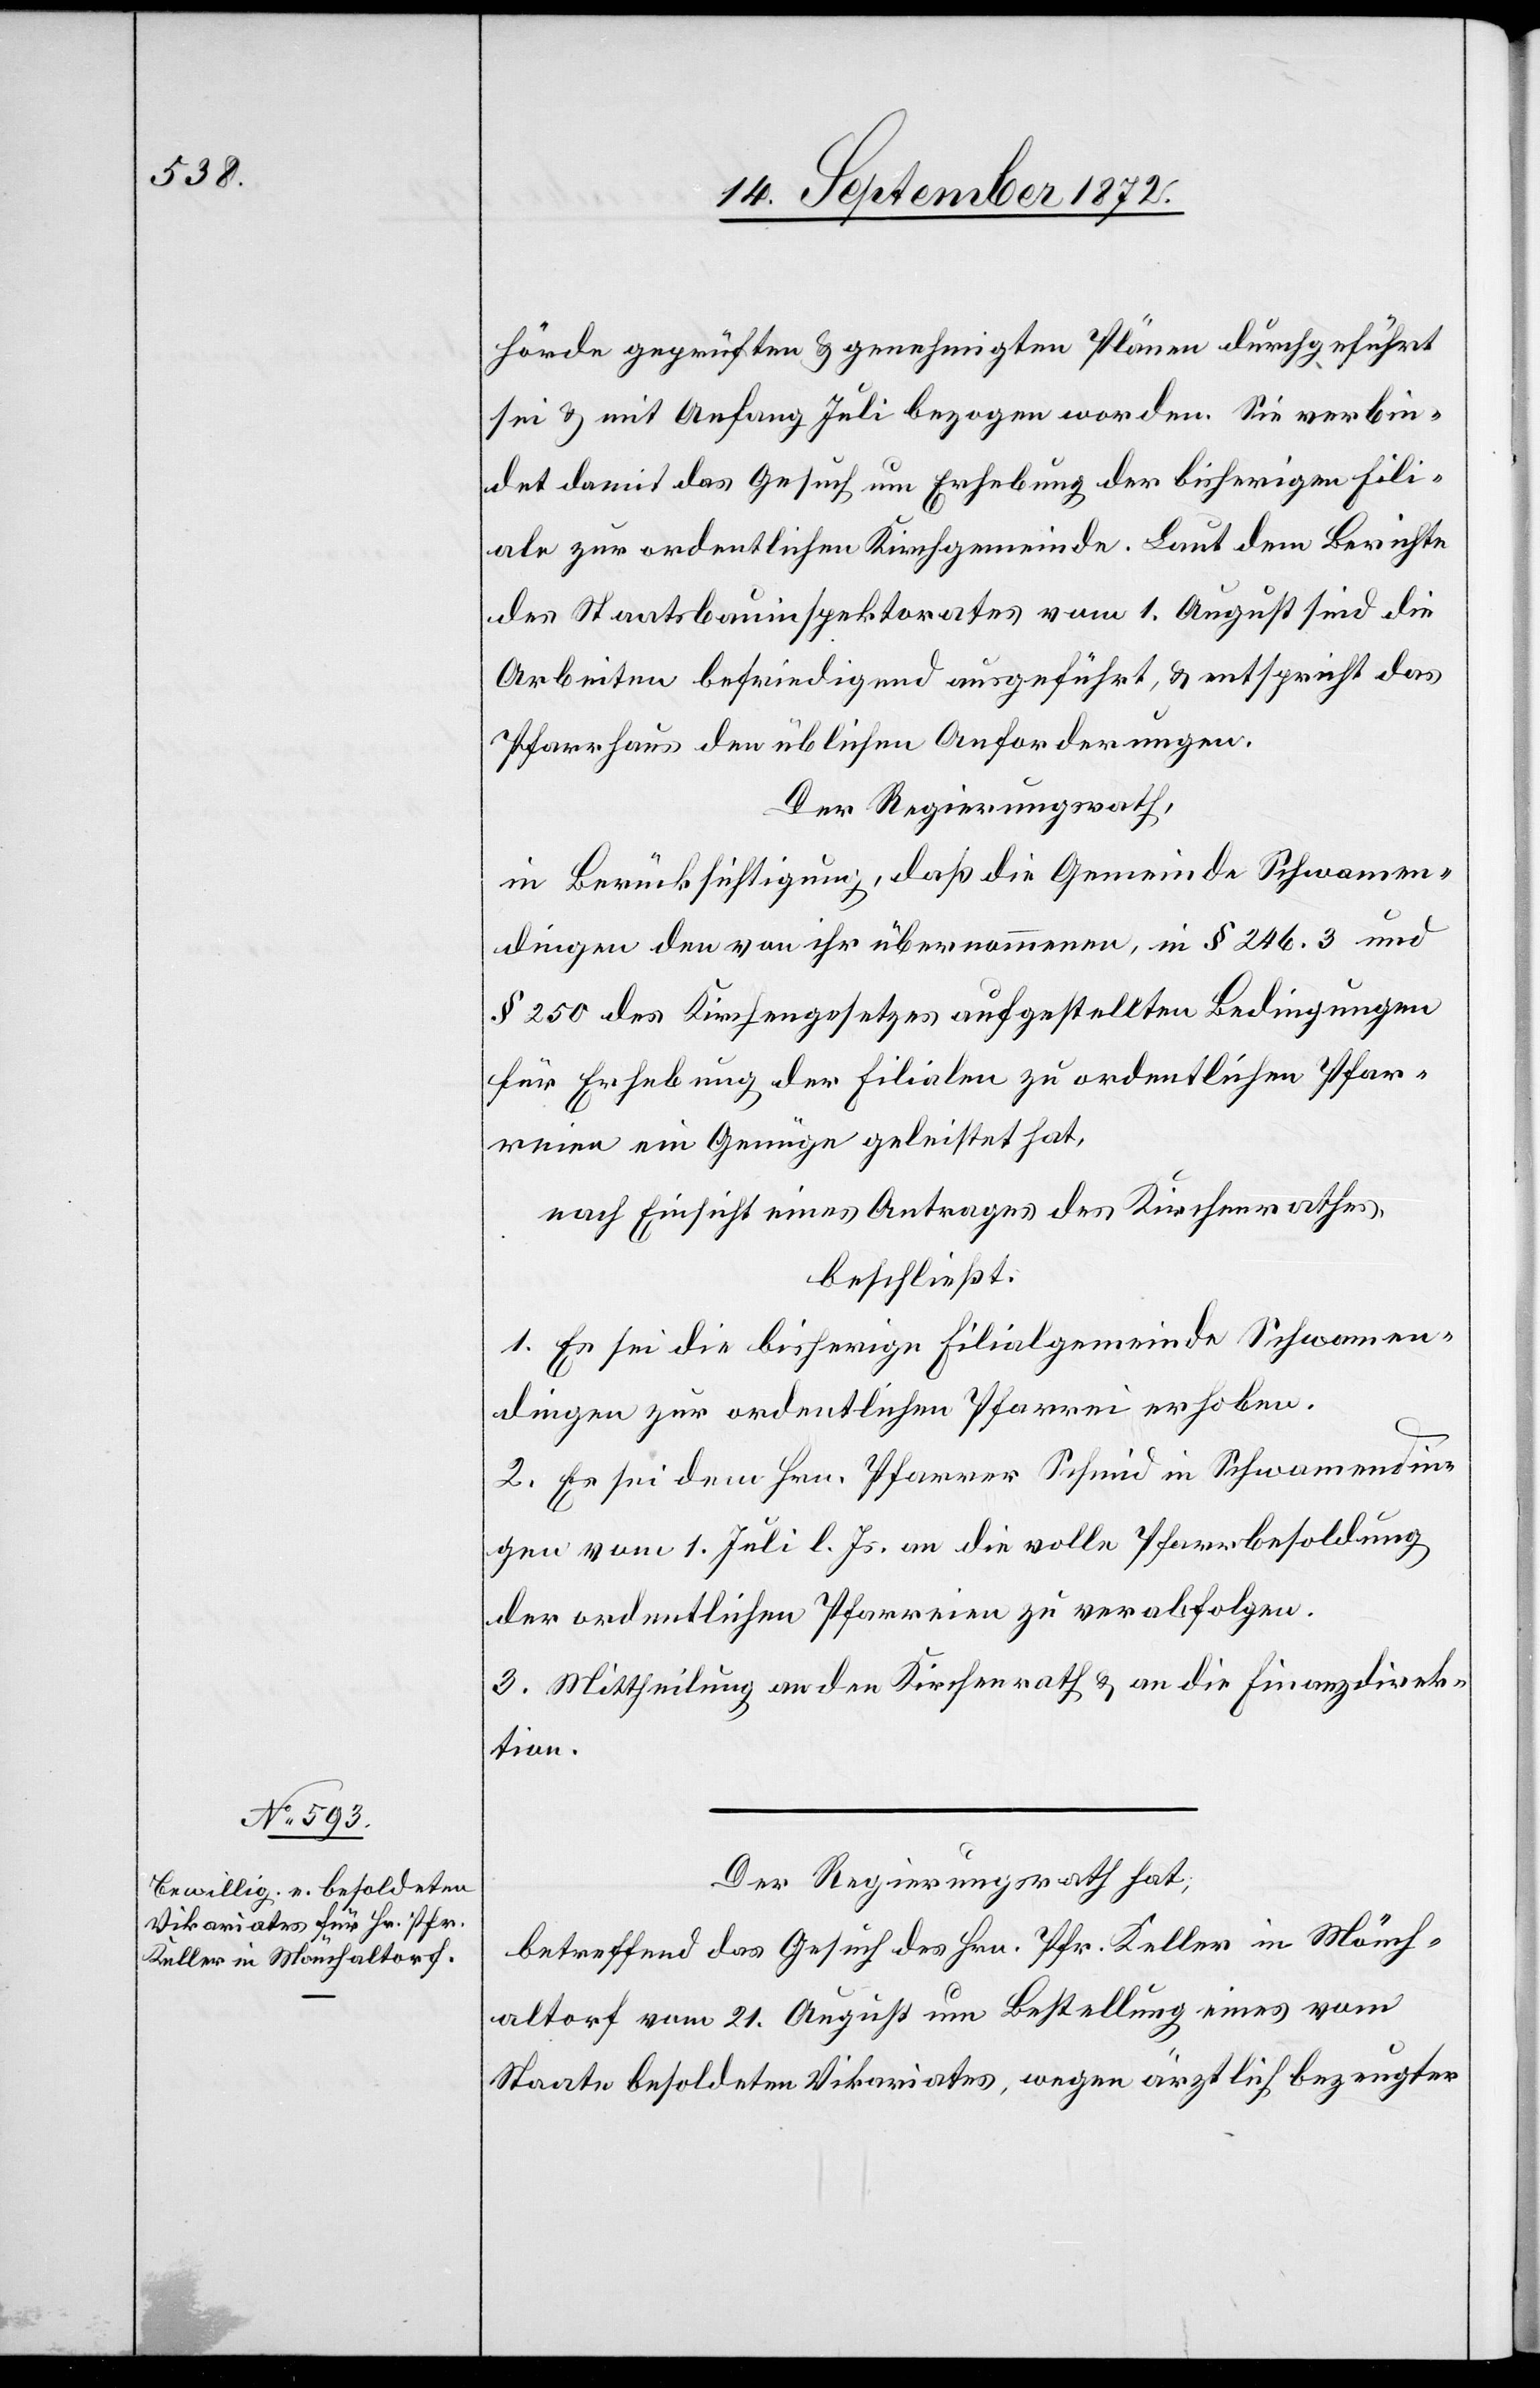
hörde geprüften u. genehmigten Plänen durchgeführt
sei u. mit Anfang Juli bezogen worden. Sie verbin¬
det damit das Gesuch um Erhebung der bisherigen Fili¬
ale zur ordentlichen Kirchgemeinde. Laut dem Berichte
des Staatsbauinspektorates vom 1. August sind die
Arbeiten befriedigend ausgeführt, u. entspricht das
Pfarrhaus den üblichen Anforderungen.
Der Regierungsrath,
in Berücksichtigung, daß die Gemeinde Schwamen¬
dingen den von ihr übernommenen, in § 246.3 und
§ 250 des Kirchengesetzes aufgestellten Bedingungen
für Erhebung der Filialen zu ordentlichen Pfar¬
reien ein Genüge geleistet hat,
nach Einsicht eines Antrages des Kirchenrathes,
beschließt:
1. Es sei die bisherige Filialgemeinde Schwamen¬
dingen zur ordentlichen Pfarrei erhoben.
2. Es sei dem Hrn. Pfarrer Schmid in Schwamendin¬
gen vom 1. Juli l. Js. an die volle Pfarrbesoldung
der ordentlichen Pfarreien zu verabfolgen.
3. Mittheilung an den Kirchenrath u. an die Finanzdirek¬
tion.
Der Regierungsrath hat,
betreffend das Gesuch des Hrn. Pfr. Keller in Mönch¬
altorf vom 21. August um Bestellung eines vom
Staate besoldeten Vikariates, wegen ärztlich bezeugter